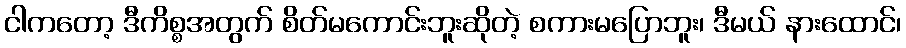
ငါကတော့ ဒီကိစ္စအတွက် စိတ်မကောင်းဘူးဆိုတဲ့ စကားမပြောဘူး၊ ဒီမယ် နားထောင်၊